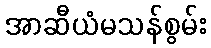
အာဆီယံမသန်စွမ်း